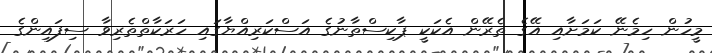
މީހުން ހިމެނޭ ކަމަށާއި އޭގެ ތެރޭން އެކަކީ ޕާކިސްތާނުގެ އަސްކަރިއްޔާގައި ހަރަކާތްތެރިވާ ސިފައިންގެ